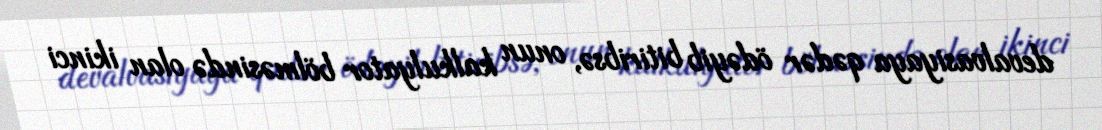
devalvasiyaya qədər ödəyib bitiribsə, onun kalkulyator bölməsində olan ikinci